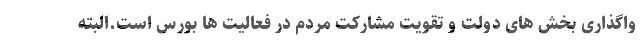
واگذاری بخش های دولت و تقویت مشارکت مردم در فعالیت ها بورس است.البته